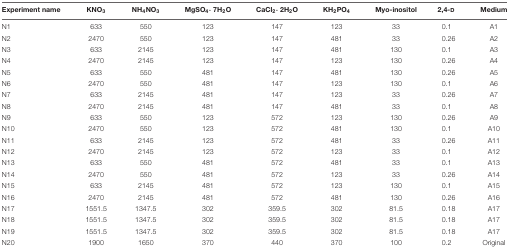
<table><thead><tr><td><b>Experiment name</b></td><td><b>KNO<sub>3</sub></b></td><td><b>NH<sub>4</sub>NO<sub>3</sub></b></td><td><b>MgSO<sub>4</sub>⋅ 7H<sub>2</sub>O</b></td><td><b>CaCl<sub>2</sub>⋅ 2H<sub>2</sub>O</b></td><td><b>KH<sub>2</sub>PO<sub>4</sub></b></td><td><b>Myo-inositol</b></td><td><b>2,4-D</b></td><td><b>Medium</b></td></tr></thead><tbody><tr><td>N1</td><td>633</td><td>550</td><td>123</td><td>147</td><td>123</td><td>33</td><td>0.1</td><td>A1</td></tr><tr><td>N2</td><td>2470</td><td>550</td><td>123</td><td>147</td><td>481</td><td>33</td><td>0.26</td><td>A2</td></tr><tr><td>N3</td><td>633</td><td>2145</td><td>123</td><td>147</td><td>481</td><td>130</td><td>0.1</td><td>A3</td></tr><tr><td>N4</td><td>2470</td><td>2145</td><td>123</td><td>147</td><td>123</td><td>130</td><td>0.26</td><td>A4</td></tr><tr><td>N5</td><td>633</td><td>550</td><td>481</td><td>147</td><td>481</td><td>130</td><td>0.26</td><td>A5</td></tr><tr><td>N6</td><td>2470</td><td>550</td><td>481</td><td>147</td><td>123</td><td>130</td><td>0.1</td><td>A6</td></tr><tr><td>N7</td><td>633</td><td>2145</td><td>481</td><td>147</td><td>123</td><td>33</td><td>0.26</td><td>A7</td></tr><tr><td>N8</td><td>2470</td><td>2145</td><td>481</td><td>147</td><td>481</td><td>33</td><td>0.1</td><td>A8</td></tr><tr><td>N9</td><td>633</td><td>550</td><td>123</td><td>572</td><td>123</td><td>130</td><td>0.26</td><td>A9</td></tr><tr><td>N10</td><td>2470</td><td>550</td><td>123</td><td>572</td><td>481</td><td>130</td><td>0.1</td><td>A10</td></tr><tr><td>N11</td><td>633</td><td>2145</td><td>123</td><td>572</td><td>481</td><td>33</td><td>0.26</td><td>A11</td></tr><tr><td>N12</td><td>2470</td><td>2145</td><td>123</td><td>572</td><td>123</td><td>33</td><td>0.1</td><td>A12</td></tr><tr><td>N13</td><td>633</td><td>550</td><td>481</td><td>572</td><td>481</td><td>33</td><td>0.1</td><td>A13</td></tr><tr><td>N14</td><td>2470</td><td>550</td><td>481</td><td>572</td><td>123</td><td>33</td><td>0.26</td><td>A14</td></tr><tr><td>N15</td><td>633</td><td>2145</td><td>481</td><td>572</td><td>123</td><td>130</td><td>0.1</td><td>A15</td></tr><tr><td>N16</td><td>2470</td><td>2145</td><td>481</td><td>572</td><td>481</td><td>130</td><td>0.26</td><td>A16</td></tr><tr><td>N17</td><td>1551.5</td><td>1347.5</td><td>302</td><td>359.5</td><td>302</td><td>81.5</td><td>0.18</td><td>A17</td></tr><tr><td>N18</td><td>1551.5</td><td>1347.5</td><td>302</td><td>359.5</td><td>302</td><td>81.5</td><td>0.18</td><td>A17</td></tr><tr><td>N19</td><td>1551.5</td><td>1347.5</td><td>302</td><td>359.5</td><td>302</td><td>81.5</td><td>0.18</td><td>A17</td></tr><tr><td>N20</td><td>1900</td><td>1650</td><td>370</td><td>440</td><td>370</td><td>100</td><td>0.2</td><td>Original</td></tr></tbody></table>